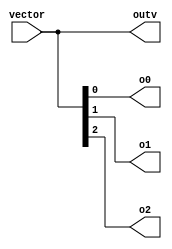
// Code your design here
module vectorbreakdown(

  input [2:0] vector,
  output [2:0] outv,
  output o0,o1,o2
  
);
  
  assign outv = vector;
  assign o0 = vector[0];
  assign o1 = vector[1];
  assign o2 = vector[2];
  
  
  
  endmodule